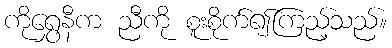
ကိုရွှေနီက ညီကို စူးစိုက်၍ကြည့်သည်။